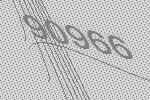
90966